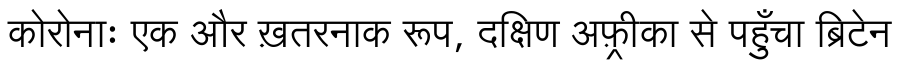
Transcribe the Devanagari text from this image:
कोरोनाः एक और ख़तरनाक रूप, दक्षिण अफ़्रीका से पहुँचा ब्रिटेन